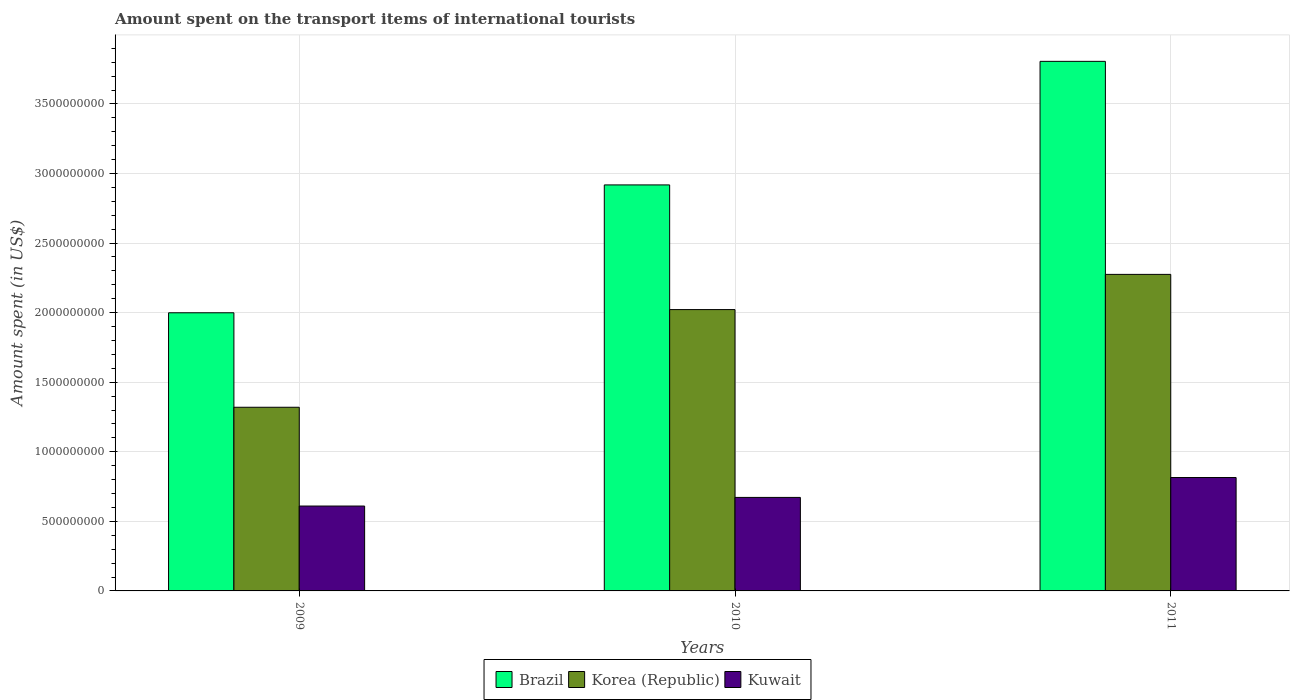
| Years | Brazil | Korea (Republic) | Kuwait |
 | --- | --- | --- | --- |
 | 2009 | 2e+09 | 1.32e+09 | 6.1e+08 |
 | 2010 | 2.92e+09 | 2.02e+09 | 6.72e+08 |
 | 2011 | 3.81e+09 | 2.28e+09 | 8.15e+08 |